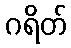
ဂရိတ်